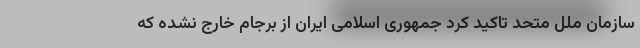
سازمان ملل متحد تاکید کرد جمهوری اسلامی ایران از برجام خارج نشده که